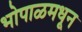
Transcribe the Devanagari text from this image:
भोपाळमधून